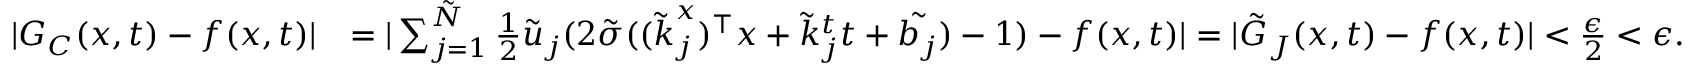
\begin{array} { r l } { | G _ { C } ( \boldsymbol { x } , t ) - f ( \boldsymbol { x } , t ) | } & { = | \sum _ { j = 1 } ^ { \tilde { N } } \frac { 1 } { 2 } \tilde { u } _ { j } ( 2 \tilde { \sigma } ( ( \boldsymbol { \tilde { k } } _ { j } ^ { x } ) ^ { \top } \boldsymbol { x } + \tilde { k } _ { j } ^ { t } t + \tilde { b _ { j } } ) - 1 ) - f ( \boldsymbol { x } , t ) | = | \tilde { G } _ { J } ( \boldsymbol { x } , t ) - f ( x , t ) | < \frac { \epsilon } { 2 } < \epsilon . } \end{array}